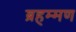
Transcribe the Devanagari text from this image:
ब्रहम्मण